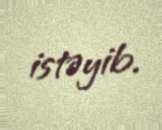
istəyib.